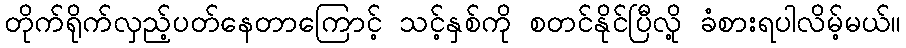
တိုက်ရိုက်လှည့်ပတ်နေတာကြောင့် သင့်နှစ်ကို စတင်နိုင်ပြီလို့ ခံစားရပါလိမ့်မယ်။